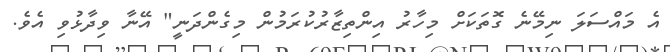
އެ މައްސަލަ ނިމޭނެ ގޮތަކަށް މިހާރު އިންތިޒާރުކުރަމުން މިގެންދަނީ" އޭނާ ވިދާޅުވި އެވެ.